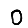
Digit: 0